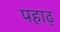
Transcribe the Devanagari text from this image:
पहाढ़